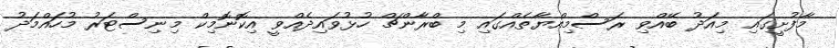
މާފުށީގައި މިއަދު ބޭއްވި ރަސްމިއްޔާތެއްގައި މި ބްރާންޗް ހުޅުވައިދެއްވީ އިކޮނޮމިކް މިނިސްޓަރު މުހައްމަދު